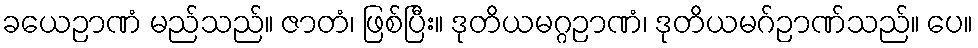
ခယေဉာဏံ မည်သည်။ ဇာတံ၊ ဖြစ်ပြီး။ ဒုတိယမဂ္ဂဉာဏံ၊ ဒုတိယမဂ်ဉာဏ်သည်။ ပေ။